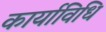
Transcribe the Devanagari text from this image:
कार्याविधि